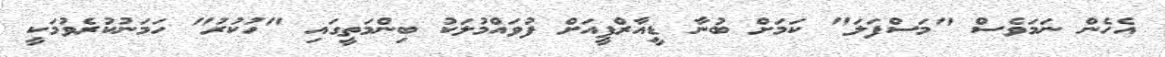
އެހެން ނަމަވެސް "މަސްފަލަ" ކަމަށް ބުނާ ޑީއާރްޕީއަށް ފުވައްމުލަކު ބިންމަތީގައި "ހުކުރު" ހަމަނުކުރެވުމަކީ